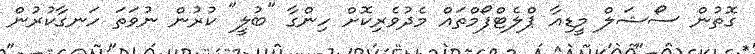
ގޮތުން ސޯޝަލް މީޑިއާ ޕްލެޓްފޯމްތައް މެދުވެރިކޮށް ހިންގާ "ބުލީ" ކުރުން ނުވަތަ ހަނގާކުރުން